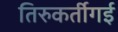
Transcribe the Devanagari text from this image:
तिरुकर्तीगई